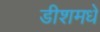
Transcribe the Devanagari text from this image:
डीशमधे